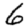
Digit: 6